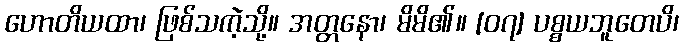
ဟောတိယထာ၊ ဖြစ်သကဲ့သို့။ အတ္တနော၊ မိမိ၏။ [၀၇] ပစ္စယဘူတေပိ၊